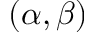
( \alpha , \beta )